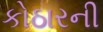
કોઠારની